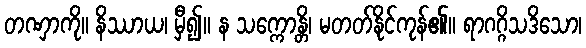
တဏှာကို။ နိဿာယ၊ မှီ၍။ န သက္ကောန္တိ၊ မတတ်နိုင်ကုန်၏။ ရာဂဂ္ဂိသဒိသော၊